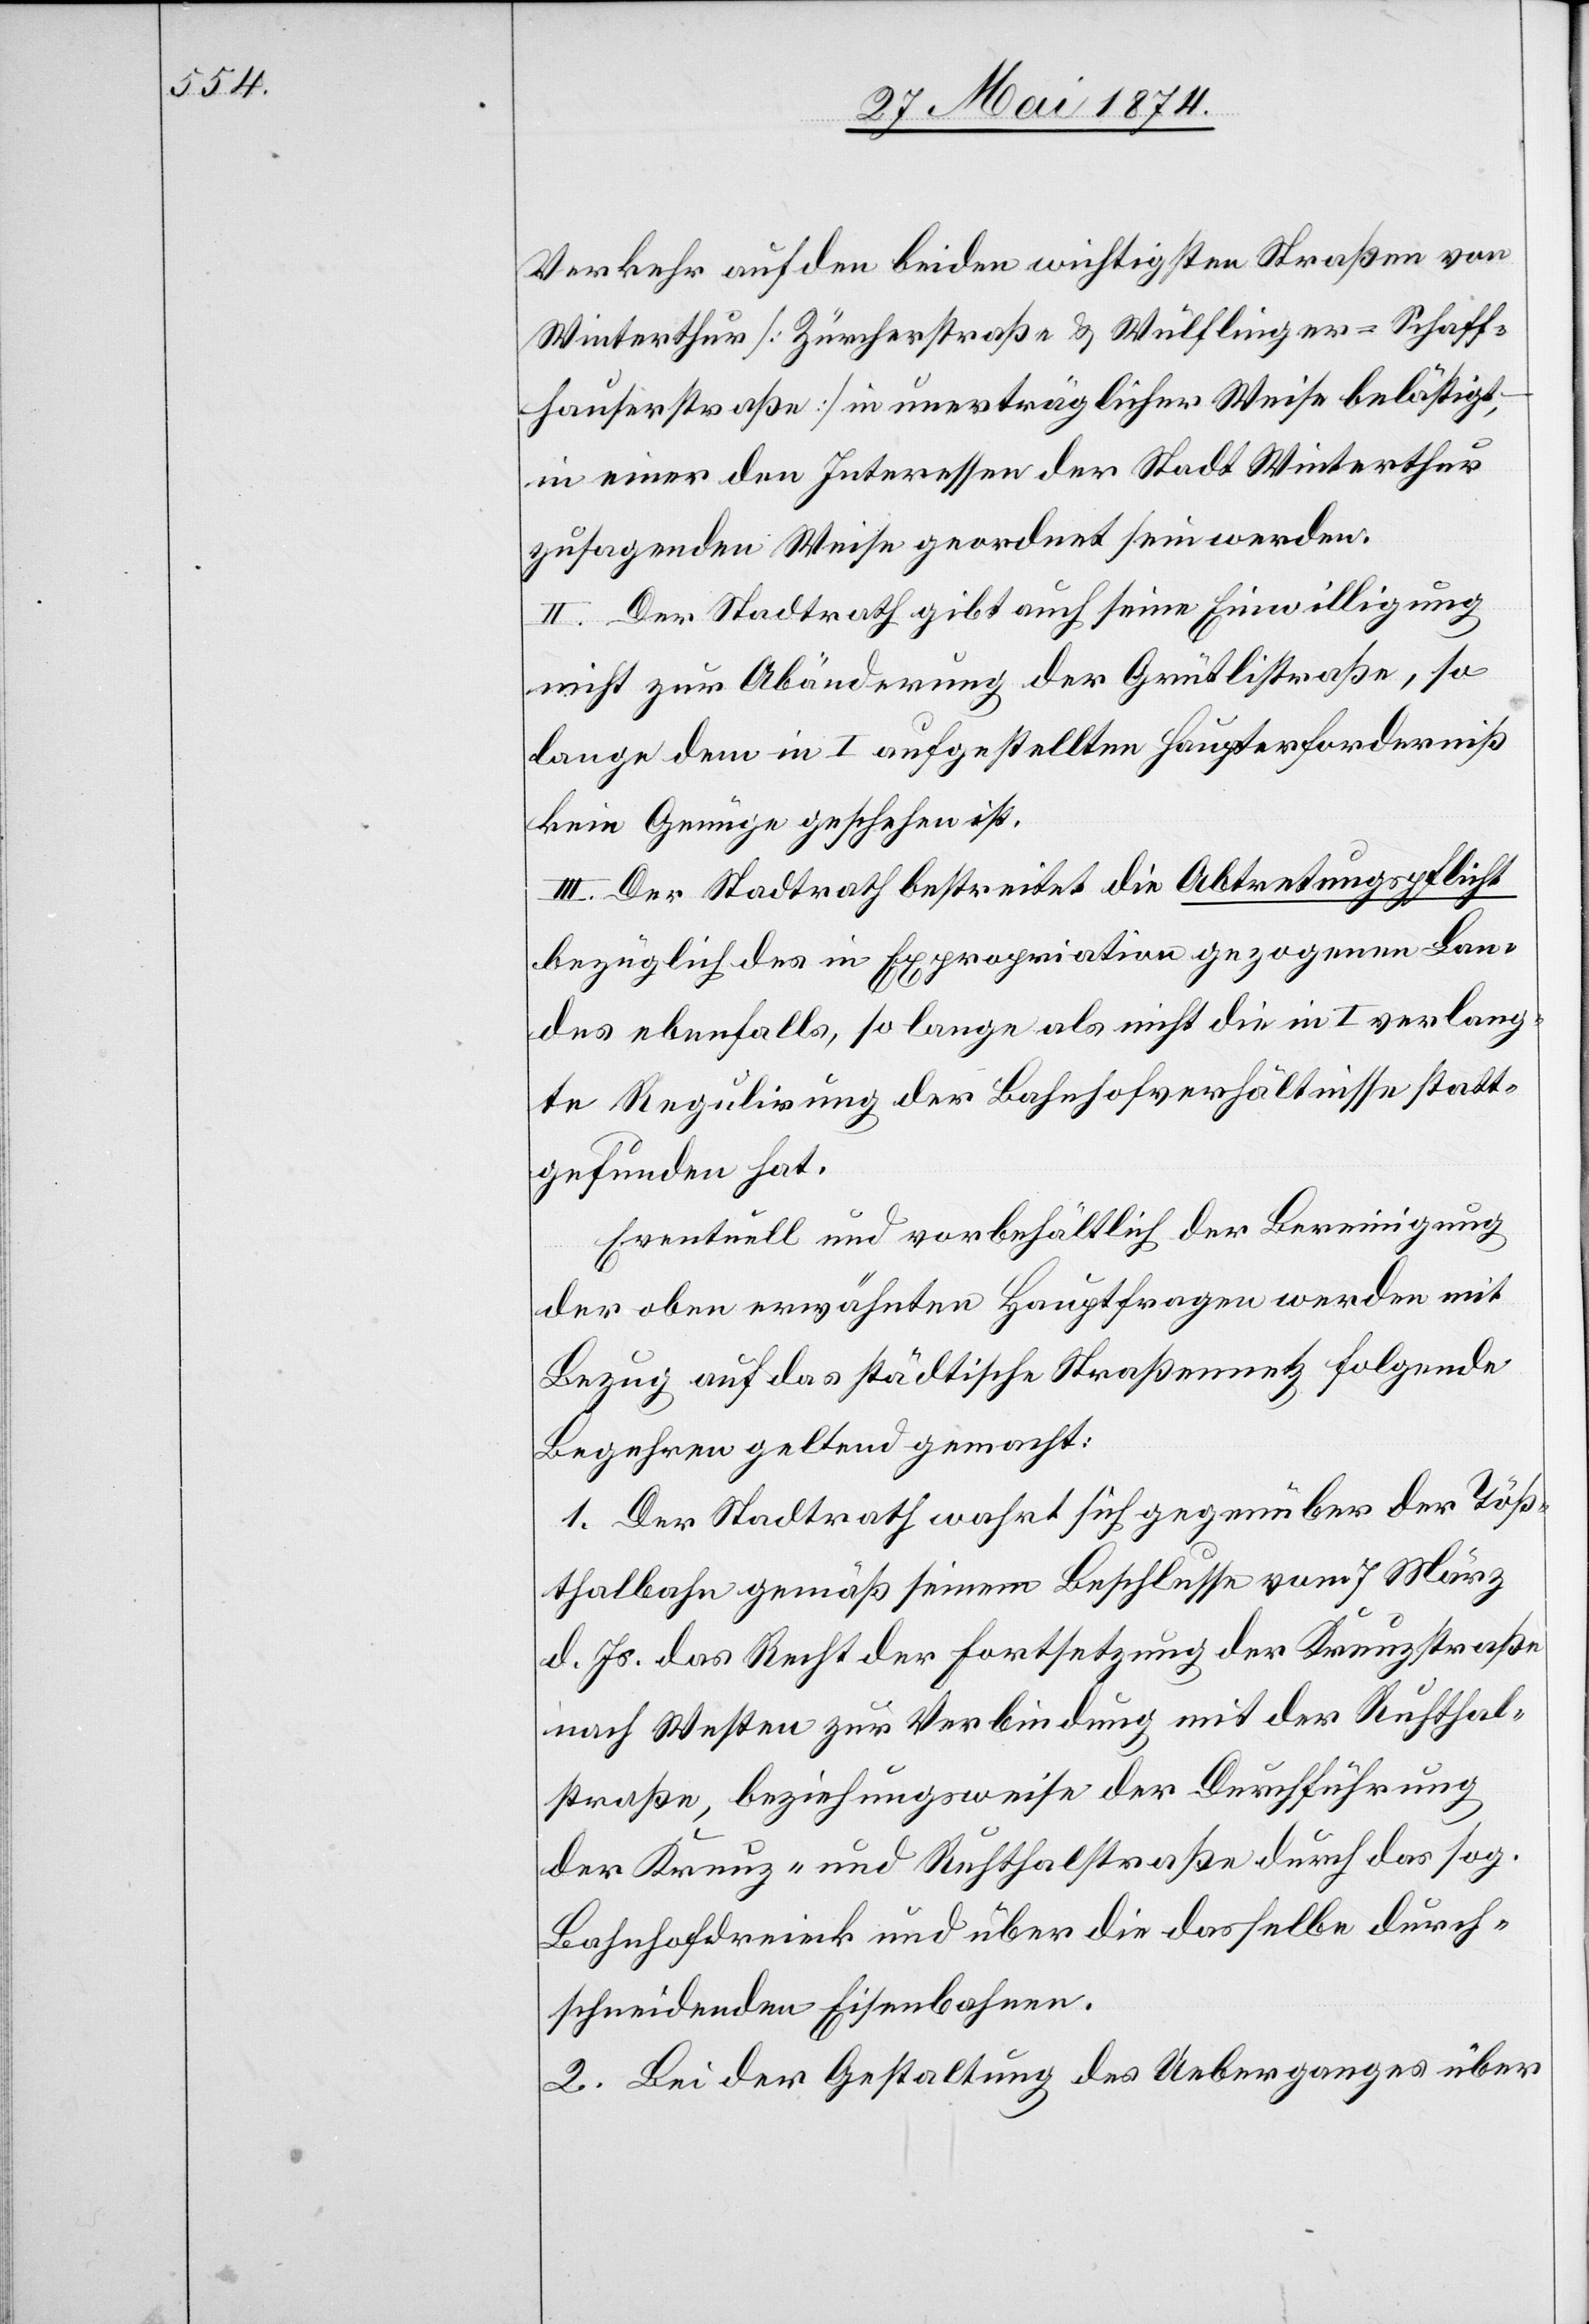
Verkehr auf den beiden wichtigsten Straßen von
Winterthur [Zürcherstraße u. Wülflinger-Schaff¬
hauserstraße] in unerträglicher Weise belästigt,
in einer den Interessen der Stadt Winterthur
zusagenden Weise geordnet sein werden.
II. Der Stadtrath gibt auch seine Einwilligung
nicht zur Abänderung der Grütlistraße, so
lange dem in I aufgestellten Haupterforderniß
kein Genüge geschehen ist.
III. Der Stadtrath bestreitet die Abtretungspflicht
bezüglich des in Expropriation gezogenen Bann
des ebenfalls, so lange als nicht die in I verlang¬
te Regulirung der Bahnhofverhältnisse statt¬
gefunden hat.
Eventuell und vorbehältlich der Bereinigung
der oben erwähnten Hauptfragen werden mit
Bezug auf das städtische Straßennetz folgende
Begehren geltend gemacht:
1. Der Stadtrath wahrt sich gegenüber der Töß¬
thalbahn gemäß seinem Beschlusse vom 7. März
d. Js. das Recht der Fortsetzung der Kreuzstraße
nach Westen zur Verbindung mit der Ruhthal¬
straße, beziehungsweise der Durchführung
der Kreuz- und Ruhthalstraße durch das sog.
Bahnhofdreieck und über die dasselbe durch¬
schneidenden Eisenbahnen.
2. Bei der Gestaltung des Ueberganges über